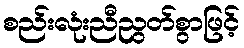
စည်းလုံးညီညွတ်စွာဖြင့်